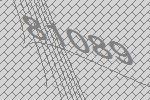
81089